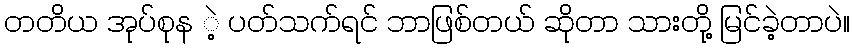
တတိယ အုပ်စုန ဲ့ ပတ်သက်ရင် ဘာဖြစ်တယ် ဆိုတာ သားတို့ မြင်ခဲ့တာပဲ။